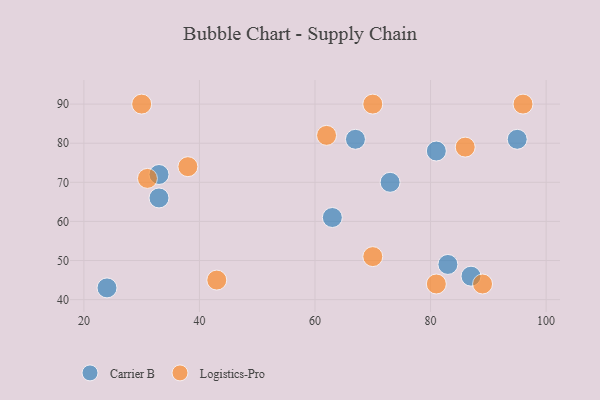
{"axis": {"x": "GDP", "y": "Life Expectancy"}, "legend": ["Carrier B", "Logistics-Pro"], "data": [{"x": "83", "y": 49, "type": "Carrier B"}, {"x": "81", "y": 78, "type": "Carrier B"}, {"x": "33", "y": 72, "type": "Carrier B"}, {"x": "95", "y": 81, "type": "Carrier B"}, {"x": "67", "y": 81, "type": "Carrier B"}, {"x": "24", "y": 43, "type": "Carrier B"}, {"x": "33", "y": 66, "type": "Carrier B"}, {"x": "87", "y": 46, "type": "Carrier B"}, {"x": "73", "y": 70, "type": "Carrier B"}, {"x": "63", "y": 61, "type": "Carrier B"}, {"x": "96", "y": 90, "type": "Logistics-Pro"}, {"x": "38", "y": 74, "type": "Logistics-Pro"}, {"x": "89", "y": 44, "type": "Logistics-Pro"}, {"x": "43", "y": 45, "type": "Logistics-Pro"}, {"x": "70", "y": 51, "type": "Logistics-Pro"}, {"x": "81", "y": 44, "type": "Logistics-Pro"}, {"x": "70", "y": 90, "type": "Logistics-Pro"}, {"x": "86", "y": 79, "type": "Logistics-Pro"}, {"x": "62", "y": 82, "type": "Logistics-Pro"}, {"x": "30", "y": 90, "type": "Logistics-Pro"}, {"x": "31", "y": 71, "type": "Logistics-Pro"}]}